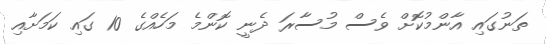
ތަނުގައި އާންމުކޮށް ވެސް މުސާރަ ދެނީ ކޮންމެ މަހެއްގެ 10 ގައި ކަމަށާއި